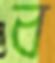
ব